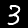
Digit: 3